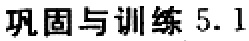
巩固与训练 5.1